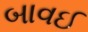
બાવઈ